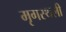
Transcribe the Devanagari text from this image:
मृगस्थली